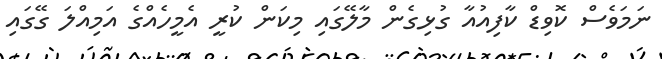
ނަމަވެސް ކޮވިޑް ކާފިއުއާ ގުޅިގެން މާލޭގައި މިކަން ކުރީ އެމީހެއްގެ އަމިއްލަ ގޭގައި